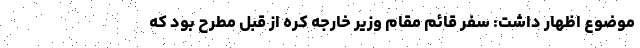
موضوع اظهار داشت: سفر قائم مقام وزیر خارجه کره از قبل مطرح بود که